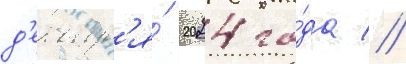
д'екабр'я́ 2024 го́да //